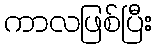
ကာလဖြစ်ပြီး